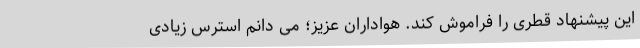
این پیشنهاد قطری را فراموش کند. هواداران عزیز؛ می دانم استرس زیادی